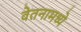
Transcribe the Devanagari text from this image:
वेतनामध्ये